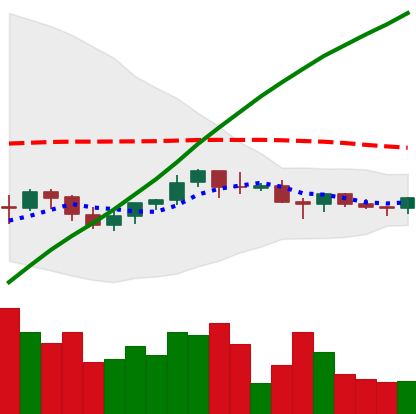
Ticker: BNB-USD
Chart end date: 2021-06-13
Forward return: -8.138%
Label: down_7plus